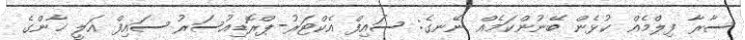
ސާރާ ފިލްމެއް ކުޅެން ބޭނުންކަމެއް ނޭނގެ: ސައިފް އެކްޓަރު-ޕްރޮޑިއުސަރު ސައިފް އަލީ ޚާންގެ